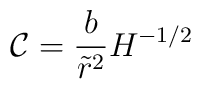
\mathcal{C} = \frac{b}{\tilde{r}^2} H^{-1/2}